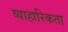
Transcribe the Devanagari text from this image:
व्याहारिकता